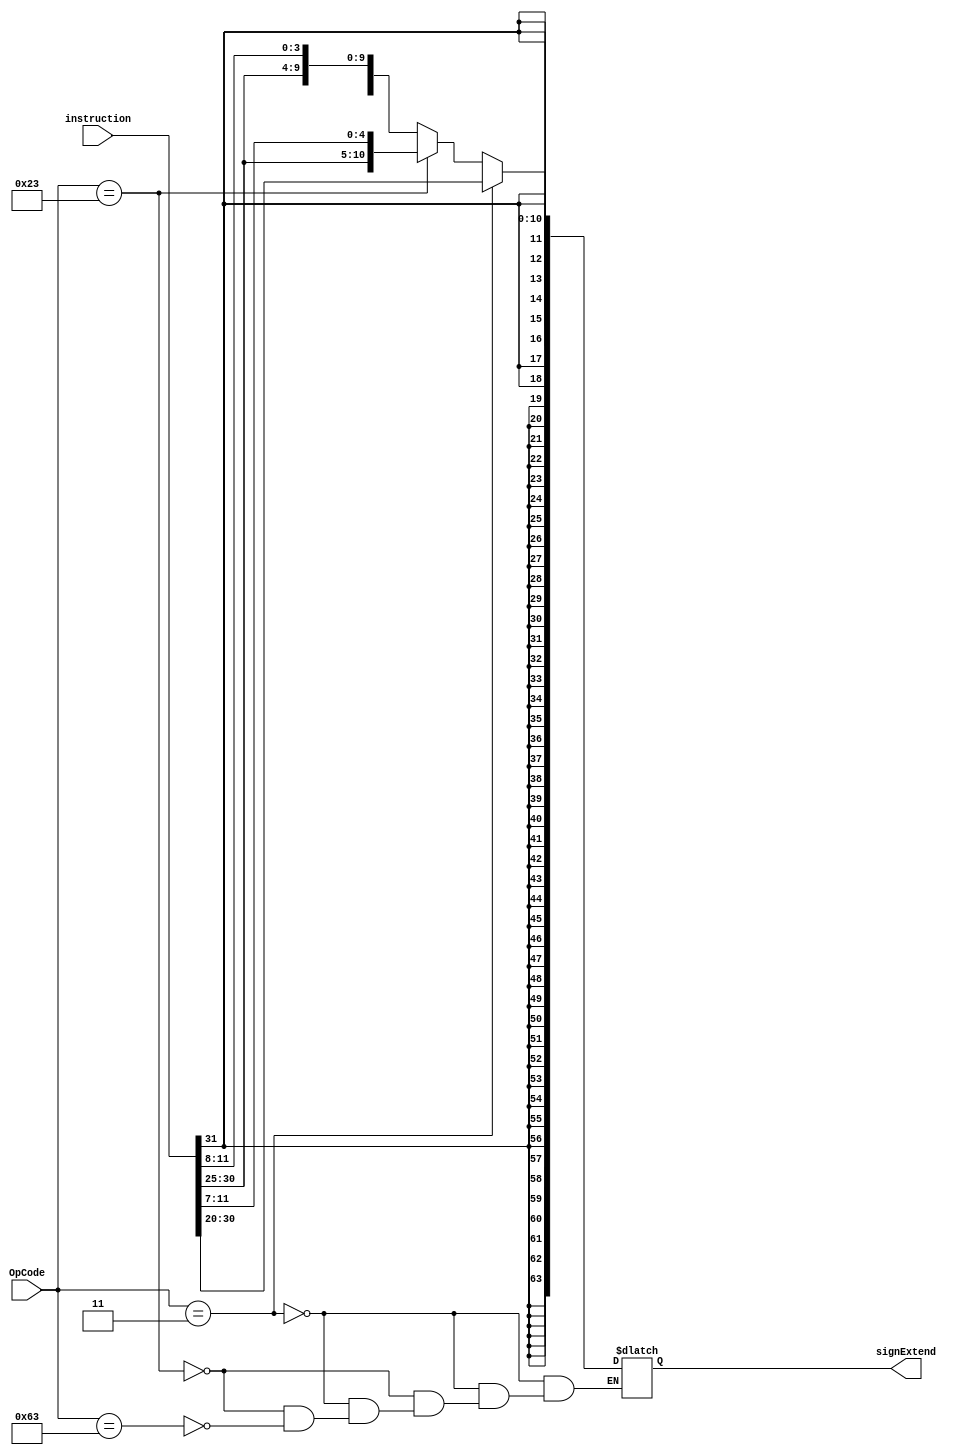
module SignExtend(OpCode, instruction, signExtend); //pegar o imediato e replicar pra 64
  
  input wire [6:0]OpCode;
  input wire [31:0]instruction;
  output reg [63:0]signExtend;
  wire [11:0]immLd;
  wire [11:0]immSd;
  wire [11:0]immBeq;
  assign immLd[11:0] = instruction[31:20];
  assign immSd[11:5] = instruction[31:25];
  assign immSd[4:0] = instruction[11:7];
  assign immBeq[11] = instruction[31]; //imm[12]
  assign immBeq[10] = instruction[7]; //imm[11]
  assign immBeq[9:4] = instruction[30:25]; //imm[10:5]
  assign immBeq[3:0] = instruction[11:8]; //imm[4:1]

  always @ (*) begin
      if(OpCode == 7'b0000011)begin //Instrucao de load
      
      signExtend = {{52{instruction[31]}}, immLd};
     
    end
    else if(OpCode == 7'b0100011) begin //Instrucao de store
      signExtend = {{52{instruction[31]}}, immSd};
      
    end
  
    else if(OpCode == 7'b1100011)begin //Instrucao de beq
      signExtend = {{52{instruction[31]}}, immBeq};
    
    end

  end

endmodule